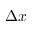
\Delta x